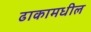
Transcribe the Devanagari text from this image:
ढाकामधील